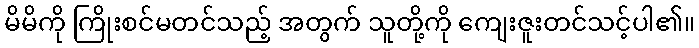
မိမိကို ကြိုးစင်မတင်သည့် အတွက် သူတို့ကို ကျေးဇူးတင်သင့်ပါ၏။